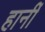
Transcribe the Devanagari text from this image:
हार्नी